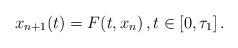
LaTeX: \begin{align*}x_{n+1}(t) =F (t, x_ { n } )\,, t\in [0, \tau_1]\,. \end{align*}